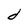
Character: d